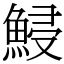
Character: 鮼